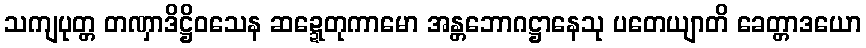
သကျပုတ္တ တဏှာဒိဋ္ဌိဝသေန ဆဍ္ဍေတုကာမော အန္တဘောဂဋ္ဌာနေသု ပတေယျာတိ ခေတ္တာဒယော